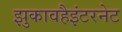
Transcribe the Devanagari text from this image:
झुकावहैइंटरनेट